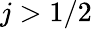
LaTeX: j>1/2